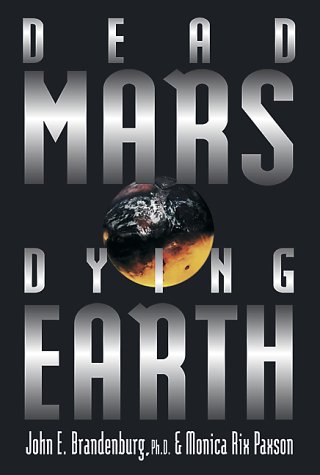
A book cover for Dead Mars, Dying Earth; John E. Brandenburg; Science & Math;